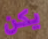
يكن